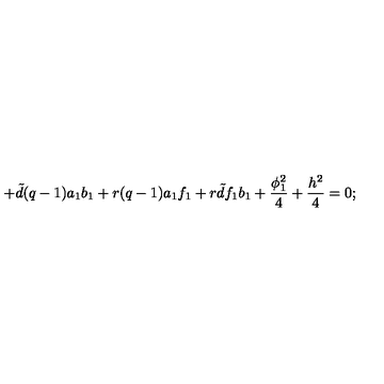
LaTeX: + { \tilde { d } } ( q - 1 ) a _ { 1 } b _ { 1 } + r ( q - 1 ) a _ { 1 } f _ { 1 } + r { \tilde { d } } f _ { 1 } b _ { 1 } + \frac { \phi _ { 1 } ^ { 2 } } { 4 } + \frac { h ^ { 2 } } { 4 } = 0 ;